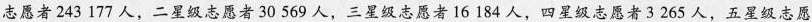
志愿者243177人，二星级志愿者30569人，三星级志愿者16184人，四星级志愿者3265人，五星级志愿